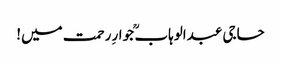
حاجی عبدالوہاب ؒ جوارِ رحمت میں!